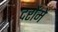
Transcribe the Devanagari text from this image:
दरोंमें